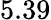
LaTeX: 5.39